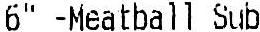
6" -MEATBALL SUB